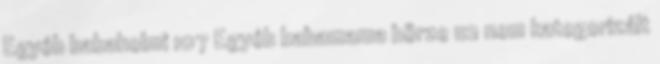
Egyéb babaholmi 107 Egyéb babamama börze 112 nem kategorizált